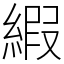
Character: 縀